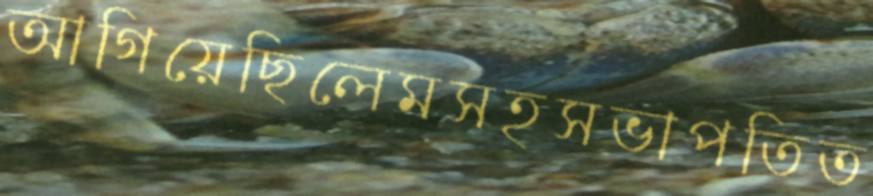
আগিয়েছিলেমসহসভাপতিত